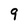
Character: 9